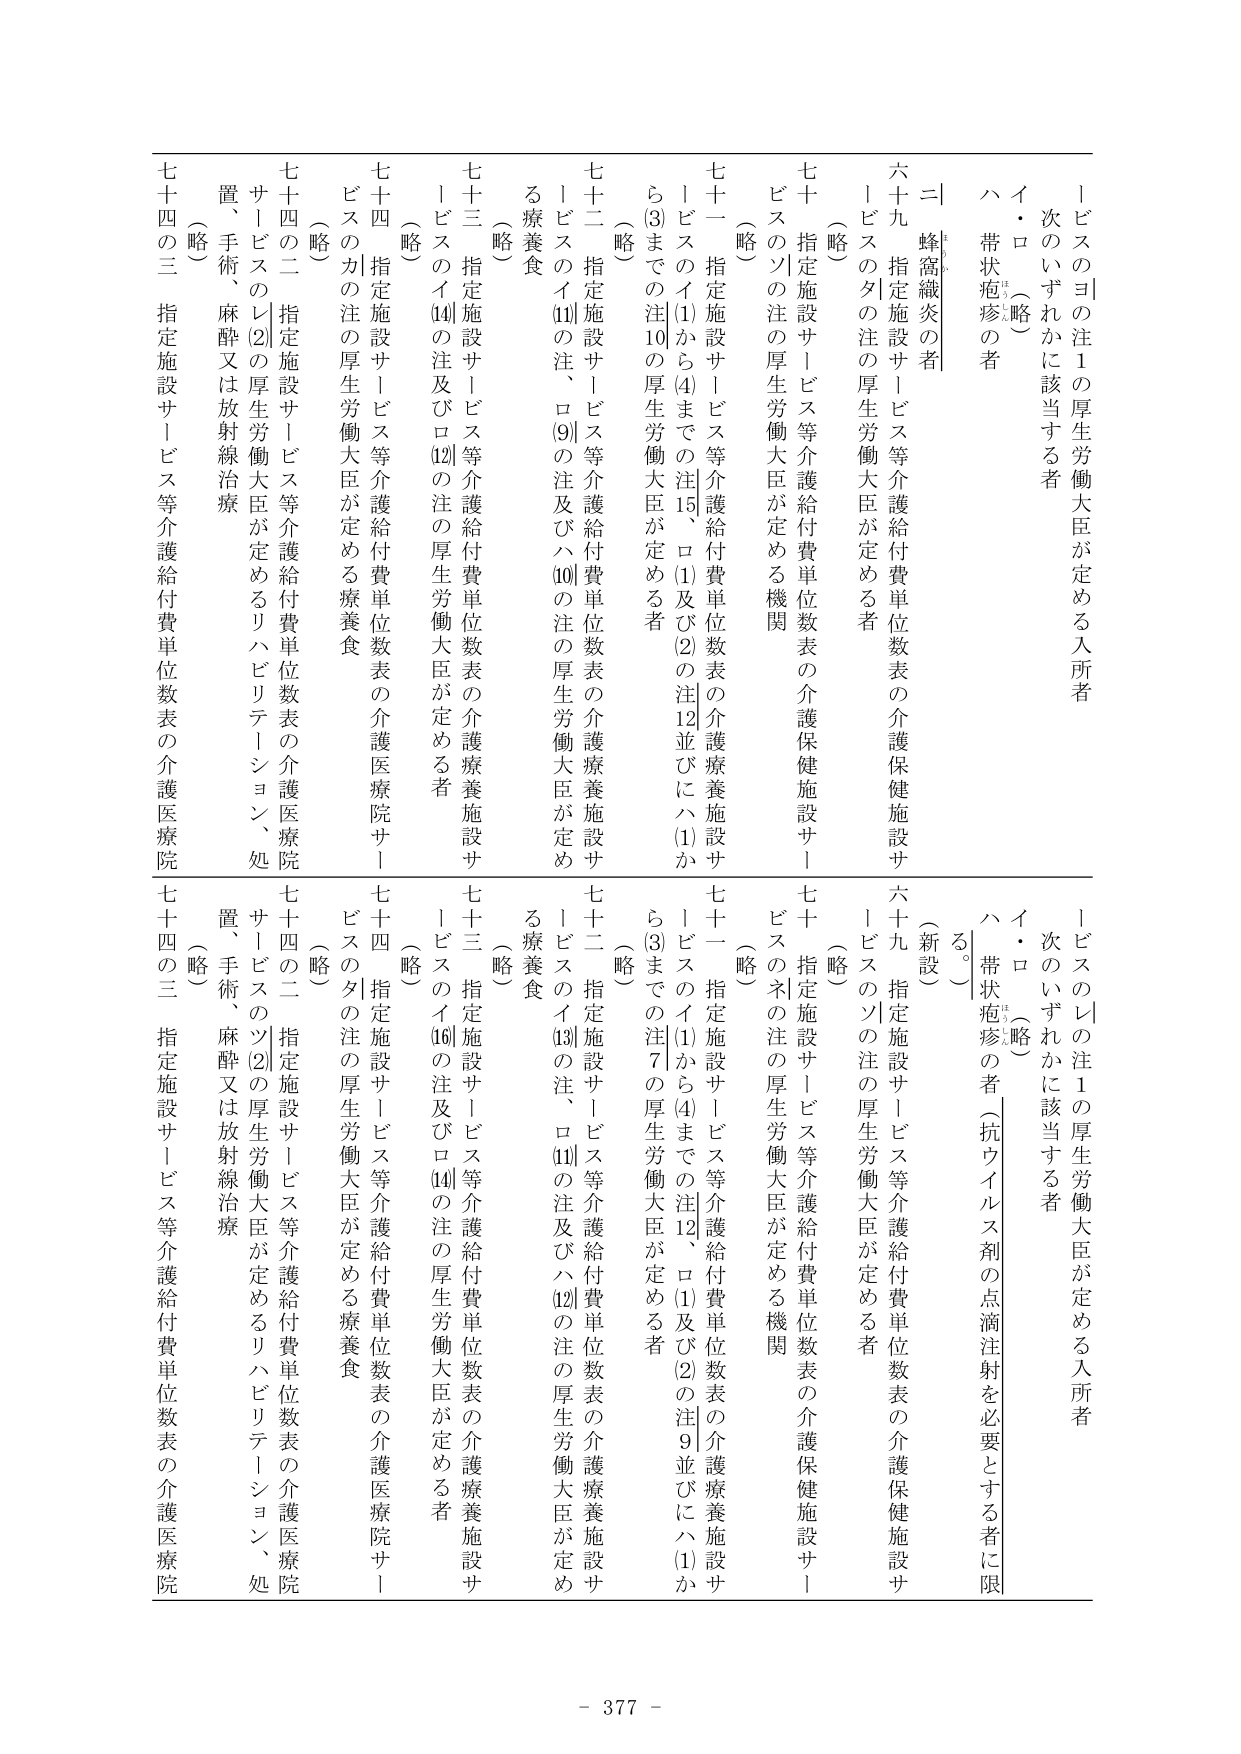
一 ビスのヨの注１の厚生労働大臣が定める入所者
　次のいずれかに該当する者
　イ・ロ（略）
　ハ 帯状疱疹の者

二 蜂窩織炎の者

六十九 指定施設サービス等介護給付費単位数表の介護保健施設サービスのタの注の厚生労働大臣が定める者
（略）

七十 指定施設サービス等介護給付費単位数表の介護保健施設サービスのソの注の厚生労働大臣が定める機関
（略）

七十一 指定施設サービス等介護給付費単位数表の介護療養施設サービスのイ(1)から(4)までの注15、ロ(1)及び(2)の注12並びにハ(1)から(3)までの注10の厚生労働大臣が定める者
（略）

七十二 指定施設サービス等介護給付費単位数表の介護療養施設サービスのイ(11)の注、ロ(9)の注及びハ(10)の注の厚生労働大臣が定める療養食
（略）

七十三 指定施設サービス等介護給付費単位数表の介護療養施設サービスのイ(14)の注及びロ(12)の注の厚生労働大臣が定める者
（略）

七十四 指定施設サービス等介護給付費単位数表の介護医療院サービスのカの注の厚生労働大臣が定める療養食
（略）

七十四の二 指定施設サービス等介護給付費単位数表の介護医療院サービスのレ(2)の厚生労働大臣が定めるリハビリテーション、処置、手術、麻酔又は放射線治療
（略）

七十四の三 指定施設サービス等介護給付費単位数表の介護医療院

一 ビスのレの注１の厚生労働大臣が定める入所者
　次のいずれかに該当する者
　イ・ロ（略）
　ハ 帯状疱疹の者（抗ウイルス剤の点滴注射を必要とする者に限る。）

六十九 指定施設サービス等介護給付費単位数表の介護保健施設サービスのソの注の厚生労働大臣が定める者
（新設）

七十 指定施設サービス等介護給付費単位数表の介護保健施設サービスのネの注の厚生労働大臣が定める機関
（略）

七十一 指定施設サービス等介護給付費単位数表の介護療養施設サービスのイ(1)から(4)までの注12、ロ(1)及び(2)の注9並びにハ(1)から(3)までの注7の厚生労働大臣が定める者
（略）

七十二 指定施設サービス等介護給付費単位数表の介護療養施設サービスのイ(13)の注、ロ(11)の注及びハ(12)の注の厚生労働大臣が定める療養食
（略）

七十三 指定施設サービス等介護給付費単位数表の介護療養施設サービスのイ(16)の注及びロ(14)の注の厚生労働大臣が定める者
（略）

七十四 指定施設サービス等介護給付費単位数表の介護医療院サービスのタの注の厚生労働大臣が定める療養食
（略）

七十四の二 指定施設サービス等介護給付費単位数表の介護医療院サービスのツ(2)の厚生労働大臣が定めるリハビリテーション、処置、手術、麻酔又は放射線治療
（略）

七十四の三 指定施設サービス等介護給付費単位数表の介護医療院

- 377 -